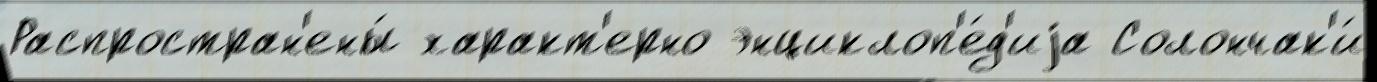
Распростран'ены́ характ'ерно энциклоп'е́д'иjа Солончак'и́